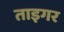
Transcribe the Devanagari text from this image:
ताइगर